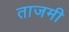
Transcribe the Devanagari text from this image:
ताजमी